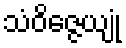
သံဝိဇ္ဇေယျုံ